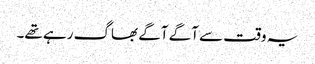
یہ وقت سے آگے آگے بھاگ رہے تھے۔